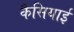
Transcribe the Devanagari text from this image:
कैसियाई